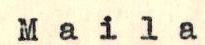
Maila